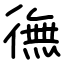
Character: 㣳